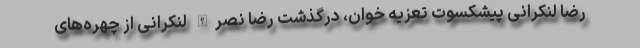
رضا لنکرانی پیشکسوت تعزیه خوان، درگذشت رضا نصرالله لنکرانی از چهره‌های